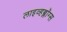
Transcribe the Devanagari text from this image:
लाइव्हब्लॉग्स